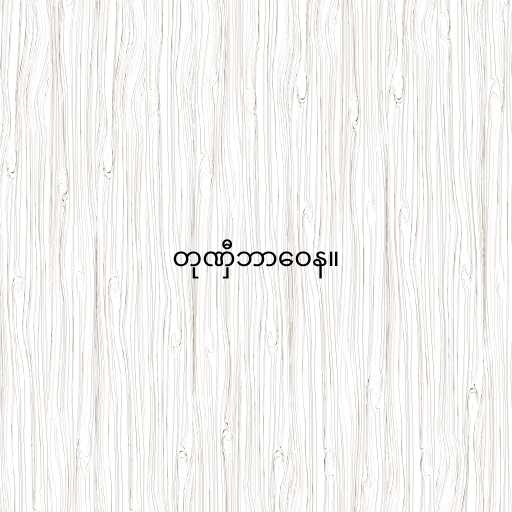
တုဏှီဘာဝေန။